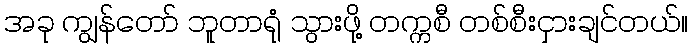
အခု ကျွန်တော် ဘူတာရုံ သွားဖို့ တက္ကစီ တစ်စီးငှားချင်တယ်။